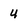
Character: u